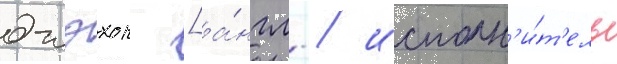
джэхон [а́нгл. / исполн'и́т'ель